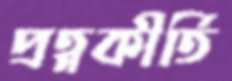
প্রত্নকীর্তি